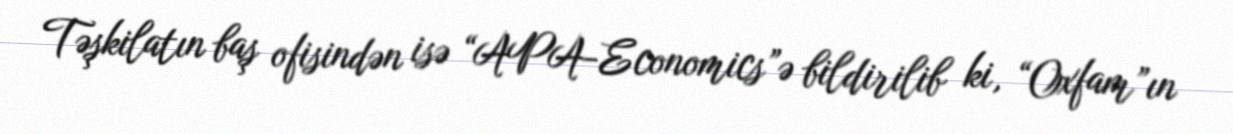
Təşkilatın baş ofisindən isə “APA-Economics”ə bildirilib ki, “Oxfam”ın